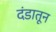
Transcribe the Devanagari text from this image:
दंडातून